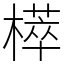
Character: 㯜